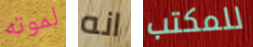
لموته انه للمكتب